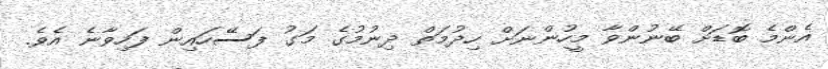
އެންމެ ބޮޑަށް ބޭނުންވާ މީހުންނަށް ހިދުމަތް ދިނުމުގެ މަގު ފަސޭހައިން ފަހިވާނެ އެވެ.